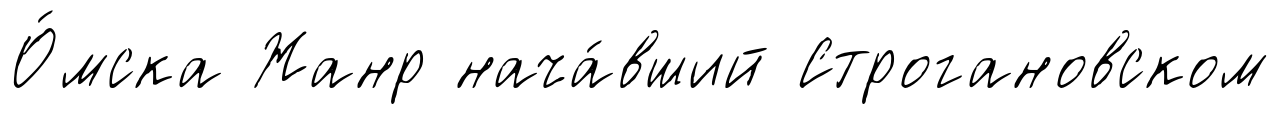
О́мска Жанр нача́вший Строгановском